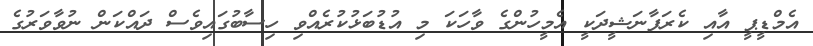
އެމްޑީޕީ އާއި ކެރަފާނަޝީދަކީ އެމީހުންގެ ވާހަކަ މި އުޑުބަޅުކުރެއްވި ހިސާބުގައިވެސް ދައްކަން ނުވާވަރުގެ